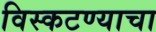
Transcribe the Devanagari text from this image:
विस्कटण्याचा